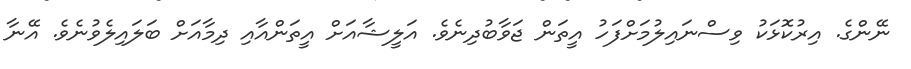
ނޭންގެ. އިރުކޮޅަކު ވިސްނައިލުމަށްފަހު އީތަން ޖަަވާބުދިނެވެ. އަލީޝާއަށް އީތަންއާއި ދިމާއަށް ބަލައިލެވުނެވެ. އޭނާ